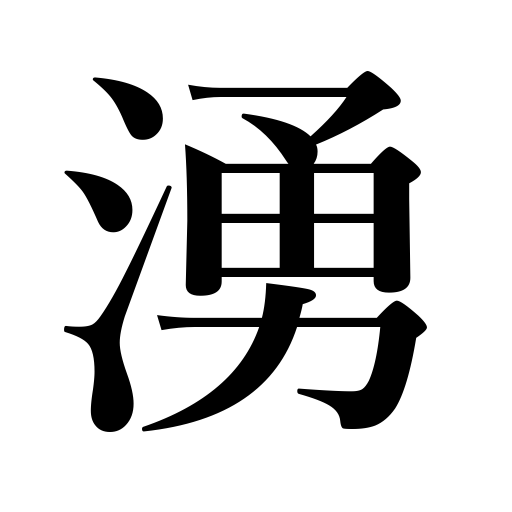
Meanings: boil,get hot,seethe,be in an uproar,be hatched,grow,ferment,gush out,breed